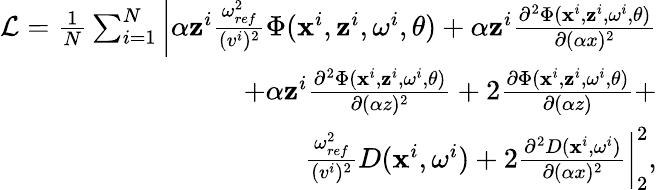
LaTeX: \begin{array}{r}{\mathcal{L}=\frac{1}{N}\sum_{i=1}^{N}\left|\alpha\mathbf{z}^{i}\frac{\omega_{ref}^{2}}{(v^{i})^{2}}\Phi(\mathbf{x}^{i},\mathbf{z}^{i},\mathbf{\omega}^{i},\theta)+\alpha\mathbf{z}^{i}\frac{\partial^{2}\Phi(\mathbf{x}^{i},\mathbf{z}^{i},\mathbf{\omega}^{i},\theta)}{\partial(\alpha x)^{2}}\right.}\\ {\left.+\alpha\mathbf{z}^{i}\frac{\partial^{2}\Phi(\mathbf{x}^{i},\mathbf{z}^{i},\mathbf{\omega}^{i},\theta)}{\partial(\alpha z)^{2}}+2\frac{\partial\Phi(\mathbf{x}^{i},\mathbf{z}^{i},\mathbf{\omega}^{i},\theta)}{\partial(\alpha z)}+\right.}\\ {\left.\frac{\omega_{ref}^{2}}{(v^{i})^{2}}D(\mathbf{x}^{i},\mathbf{\omega}^{i})+2\frac{\partial^{2}D(\mathbf{x}^{i},\mathbf{\omega}^{i})}{\partial(\alpha x)^{2}}\right|_{2}^{2},}\end{array}